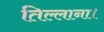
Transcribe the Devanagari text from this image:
तिल्लाना।